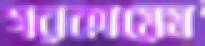
গরকায়েম